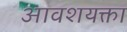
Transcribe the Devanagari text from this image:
आवशयक्ता